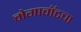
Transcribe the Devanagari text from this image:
मेगावॉटचा